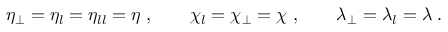
\eta _ { \perp } = \eta _ { l } = \eta _ { l l } = \eta \; , \qquad \chi _ { l } = \chi _ { \perp } = \chi \; , \qquad \lambda _ { \perp } = \lambda _ { l } = \lambda \; .